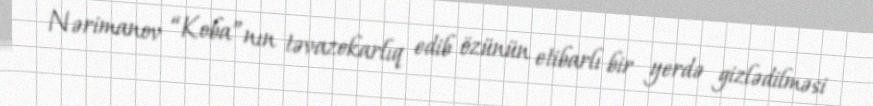
Nərimanov “Koba”nın təvazokarlıq edib özünün etibarlı bir yerdə gizlədilməsi